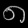
Digit: ၈